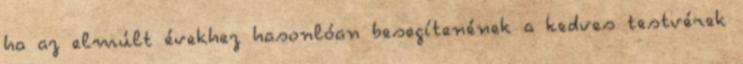
ha az elmúlt évekhez hasonlóan besegítenének a kedves testvérek